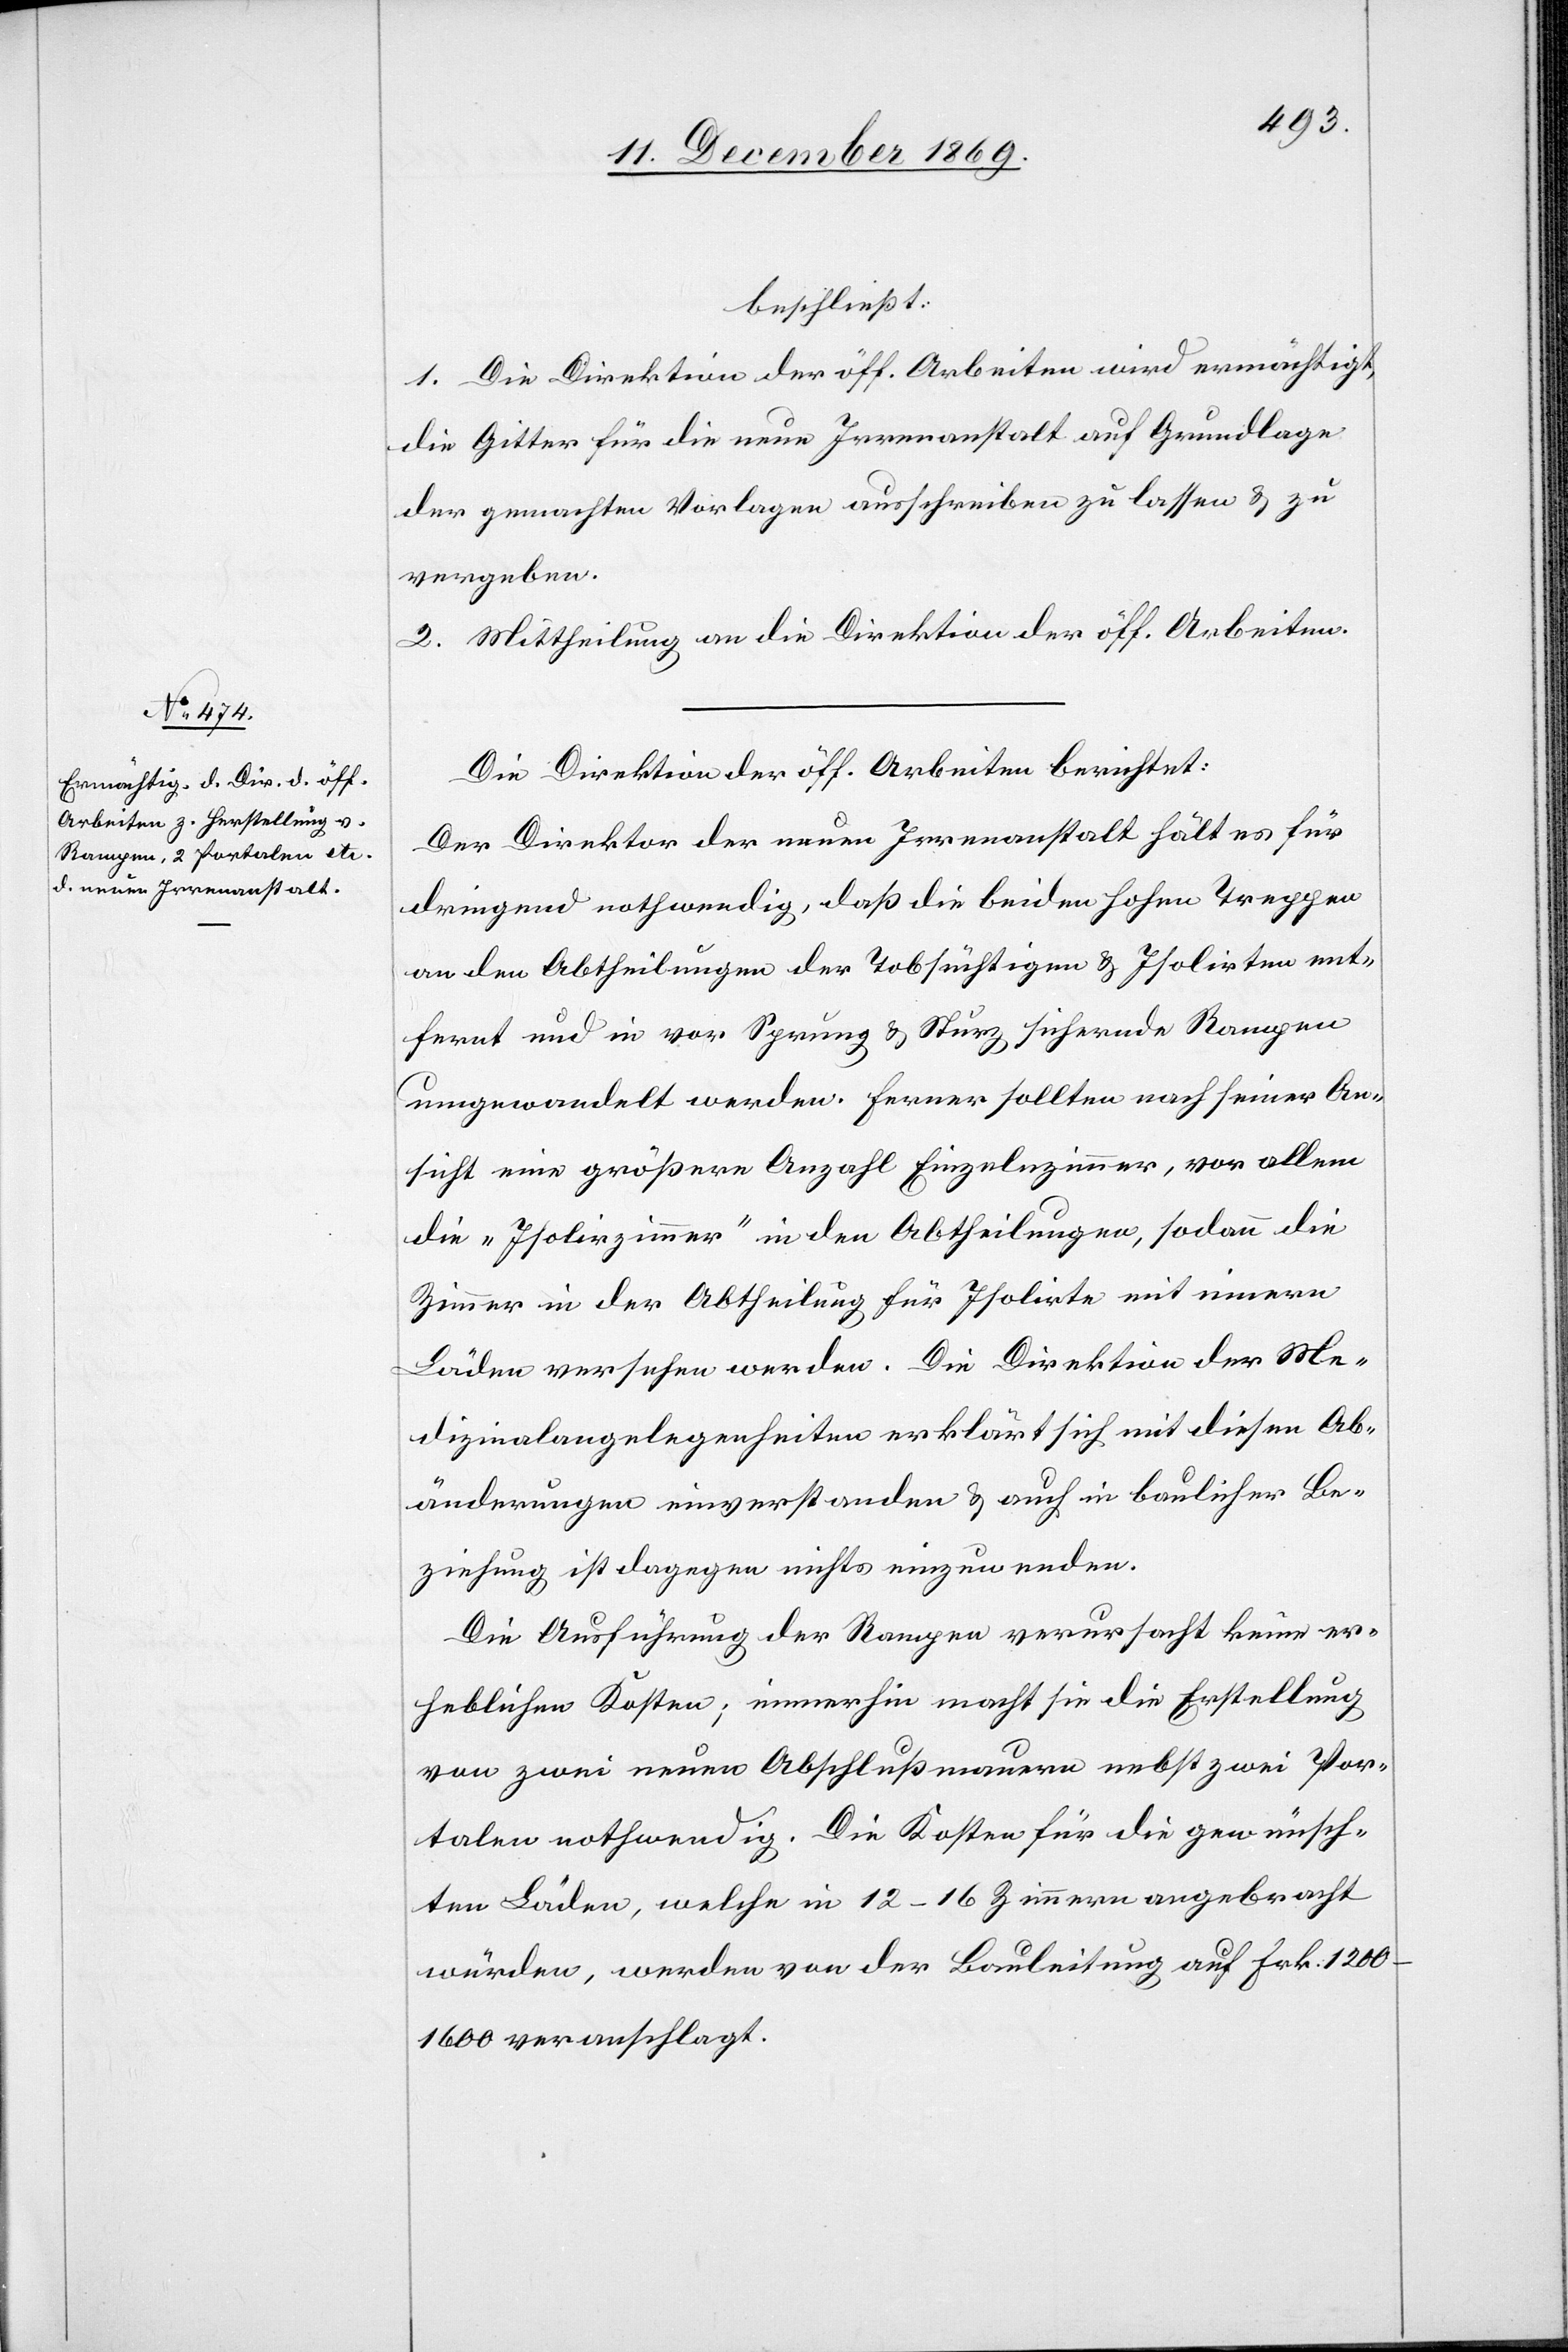
beschließt:
1. Die Direktion der öff. Arbeiten wird ermächtigt,
die Gitter für die neue Irrenanstalt auf Grundlage
der gemachten Vorlagen ausschreiben zu lassen & zu
vergeben.
2. Mittheilung an die Direktion der öff. Arbeiten.
Die Direktion der öff. Arbeiten berichtet:
Der Direktor der neuen Irrenanstalt hält es für
dringend nothwendig, daß die beiden hohen Treppen
in den Abtheilungen der Tobsüchtigen & Isolirten ent¬
fernt und in vor Sprung & Sturz sichernde Rampen
umgewandelt werden. Ferner sollten nach seiner An¬
sicht eine größere Anzahl Einzelnzimmer, vor allem
die „Isolirzimmer“ in den Abtheilungen, sodann die
Zimmer in der Abtheilung für Isolirte mit innern
Läden versehen werden. Die Direktion der Me¬
dizinalangelegenheiten erklärt sich mit diesen Ab¬
änderungen einverstanden & auch in baulicher Be¬
ziehung ist dagegen nichts einzuwenden.
Die Ausführung der Rampen verursacht keine er¬
heblichen Kosten; immerhin macht sie die Erstellung
von zwei neuen Abschlußmauern nebst zwei Por¬
talen nothwendig. Die Kosten für die gewünsch¬
ten Läden, welche in 12–16 Zimmern angebracht
würden, werden von der Bauleitung auf Frk. 1200–1600